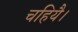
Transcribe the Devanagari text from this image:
चहियै।